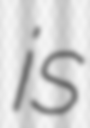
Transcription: is